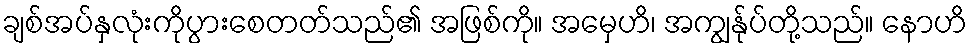
ချစ်အပ်နှလုံးကိုပွားစေတတ်သည်၏ အဖြစ်ကို။ အမှေဟိ၊ အကျွန်ုပ်တို့သည်။ နောဟိ